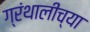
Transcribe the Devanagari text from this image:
ग्रंथालीच्‍या